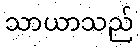
သာယာသည်